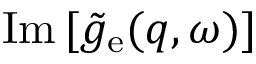
\mathrm { I m } \, [ \tilde { g } _ { \mathrm { e } } ( q , \omega ) ]